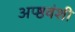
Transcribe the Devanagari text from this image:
अप्ष्ठवंशी